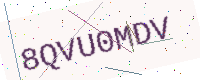
Text: 8QVU0MDV